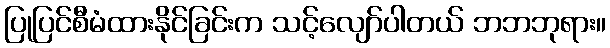
ပြုပြင်စီမံထားနိုင်ခြင်းက သင့်လျော်ပါတယ် ဘဘဘုရား။